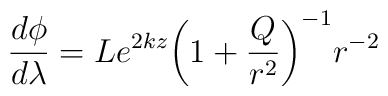
\frac{d\phi}{d\lambda}=Le^{2kz}{\left(1+\frac{Q}{r^2}\right)}^{-1}r^{-2}